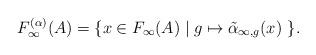
LaTeX: \begin{align*}F_\infty^{(\alpha)}(A) = \{ x\in F_\infty(A) \mid g\mapsto\tilde{\alpha}_{\infty,g}(x)~ \}. \end{align*}